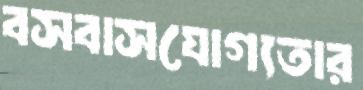
বসবাসযোগ্যতার